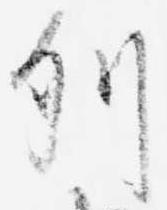
列